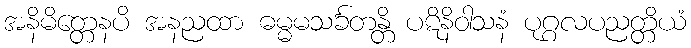
အနိမိတ္တေနပိ အနညထာ ဓမ္မမသင်္ခတန္တိ ပဋိနိဝါသနံ ပုဂ္ဂလပညတ္တိယံ